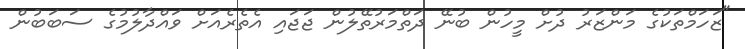
"ޒަހަމްތަކުގެ މަންޒަރު ދުށް މީހުން ބުނޭ ދަތްމަރުތޭލުން ޖަޖައި އެތެރެއަށް ވައްދާލުމުގެ ސަބަބުން